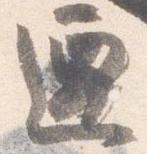
遷